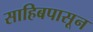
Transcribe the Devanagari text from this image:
साहिबपासून